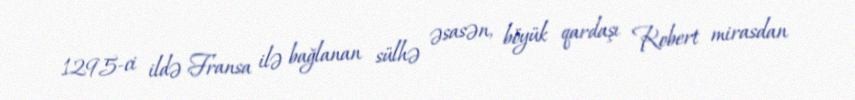
1295-ci ildə Fransa ilə bağlanan sülhə əsasən, böyük qardaşı Robert mirasdan